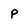
Character: P